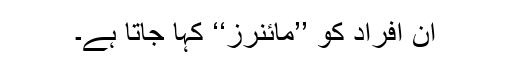
ان افراد کو ’’مائنرز‘‘ کہا جاتا ہے۔